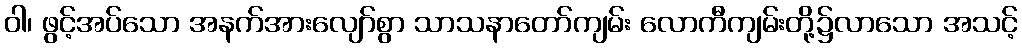
ဝါ၊ ဖွင့်အပ်သော အနက်အားလျော်စွာ သာသနာတော်ကျမ်း လောကီကျမ်းတို့၌လာသော အသင့်